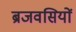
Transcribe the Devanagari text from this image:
ब्रजवसियों